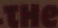
THe